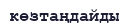
көзтаңдайды